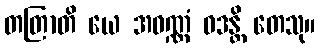
တတြာတိ ယေ အဝဏ္ဏံ ဝဒန္တိ တေသု။